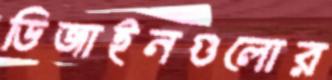
ডিজাইনগুলোর